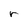
Character: r